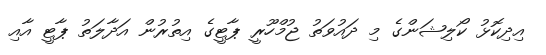
އިދިކޮޅު ކޯލިޝަންގެ މި ދައުވަތު ޖުމްހޫރީ ޕާޓީގެ އިތުުރުން އަދާލަތު ޕާޓީ އާއި